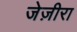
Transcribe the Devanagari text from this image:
जेज़ीरा